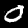
Digit: 0